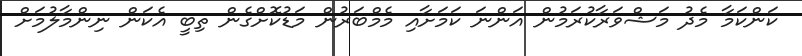
ކަންކަމާ މެދު މަޝްވަރާކުރަމުން އަންނަ ކަމަށާއި މެމްބަރުން މަޑުކޮށްގެން ތިބީ އެކަން ނިންމާލުމަށް